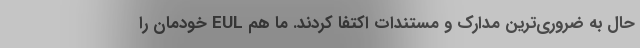
حال به ضروری‌ترین مدارک و مستندات اکتفا کردند. ما هم EUL خودمان را